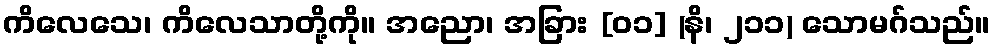
ကိလေသေ၊ ကိလေသာတို့ကို။ အညော၊ အခြား [၀၁] (နိ၊ ၂၁၁) သောမဂ်သည်။